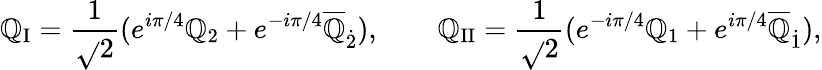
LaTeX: \mathbb{Q}_{\mathrm{{I}}}=\frac{{1}}{{\sqrt{}{{2}}}}(e^{i\pi/4}\mathbb{Q}_{2}+e^{-i\pi/4}\overline{{{{\mathbb{Q}}}}}_{\dot{{2}}}),\qquad\mathbb{Q}_{\mathrm{{II}}}=\frac{{1}}{{\sqrt{}{{2}}}}(e^{-i\pi/4}\mathbb{Q}_{1}+e^{i\pi/4}\overline{{{{\mathbb{Q}}}}}_{\dot{{1}}}),